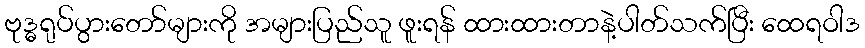
ဗုဒ္ဓရုပ်ပွားတော်များကို အများပြည်သူ ဖူးရန် ထားထားတာနဲ့ပါတ်သက်ပြီး ထေရဝါဒ